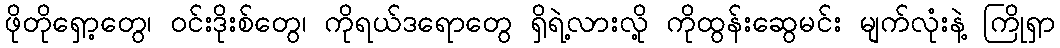
ဖိုတိုရှော့တွေ၊ ဝင်းဒိုးစ်တွေ၊ ကိုရယ်ဒရောတွေ ရှိရဲ့လားလို့ ကိုထွန်းဆွေမင်း မျက်လုံးနဲ့ ကြိုရှာ